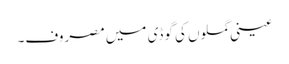
عینی گملوں کی گوڈی میں مصروف۔